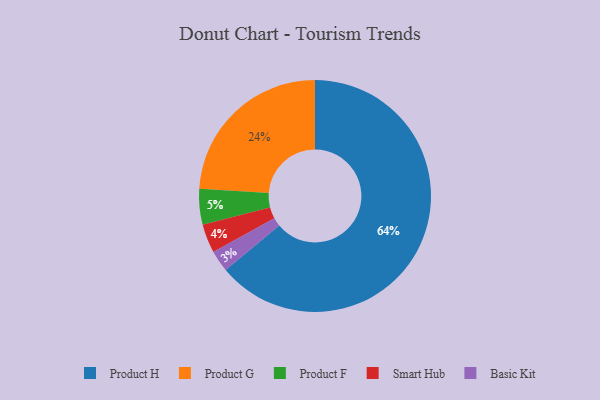
{"axis": {"x": "Category", "y": "Percentage"}, "legend": ["Basic Kit", "Product F", "Product G", "Product H", "Smart Hub"], "data": [{"x": "Product G", "y": 24, "type": "Product G"}, {"x": "Product F", "y": 5, "type": "Product F"}, {"x": "Smart Hub", "y": 4, "type": "Smart Hub"}, {"x": "Basic Kit", "y": 3, "type": "Basic Kit"}, {"x": "Product H", "y": 64, "type": "Product H"}]}